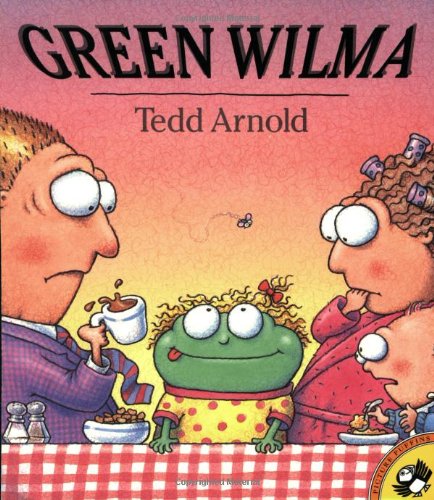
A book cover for Green Wilma (Puffin Pied Piper); Tedd Arnold; Children's Books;